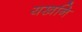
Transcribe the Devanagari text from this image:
यखनि